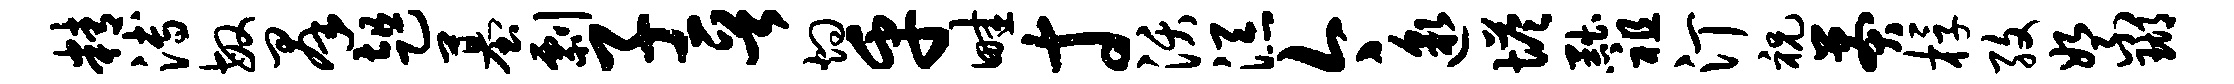
精溥敏群趄墓剽子晋灼乎畦寸沃添今邈塔黜祖汀祝莽桴孜絮瑚